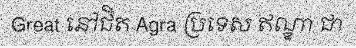
Great នៅជិត Agra ប្រទេស ឥណ្ឌា ជា